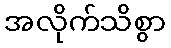
အလိုက်သိစွာ